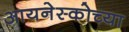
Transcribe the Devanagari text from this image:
आयनेस्कोच्या